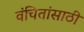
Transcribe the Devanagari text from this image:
वंचितांसाठी